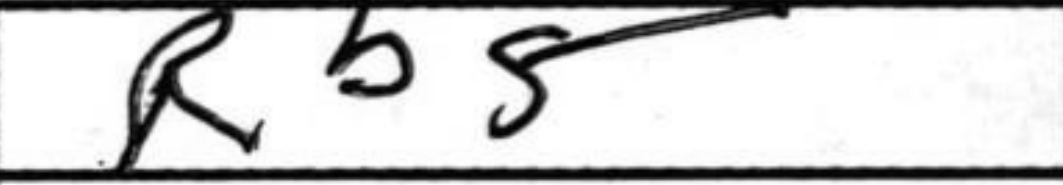
Transcription: Rb5